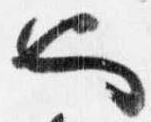
也